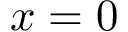
x = 0